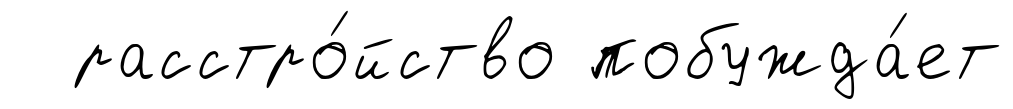
расстро́йство побужда́ет